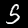
Label: 5